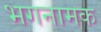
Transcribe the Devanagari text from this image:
भगनामक